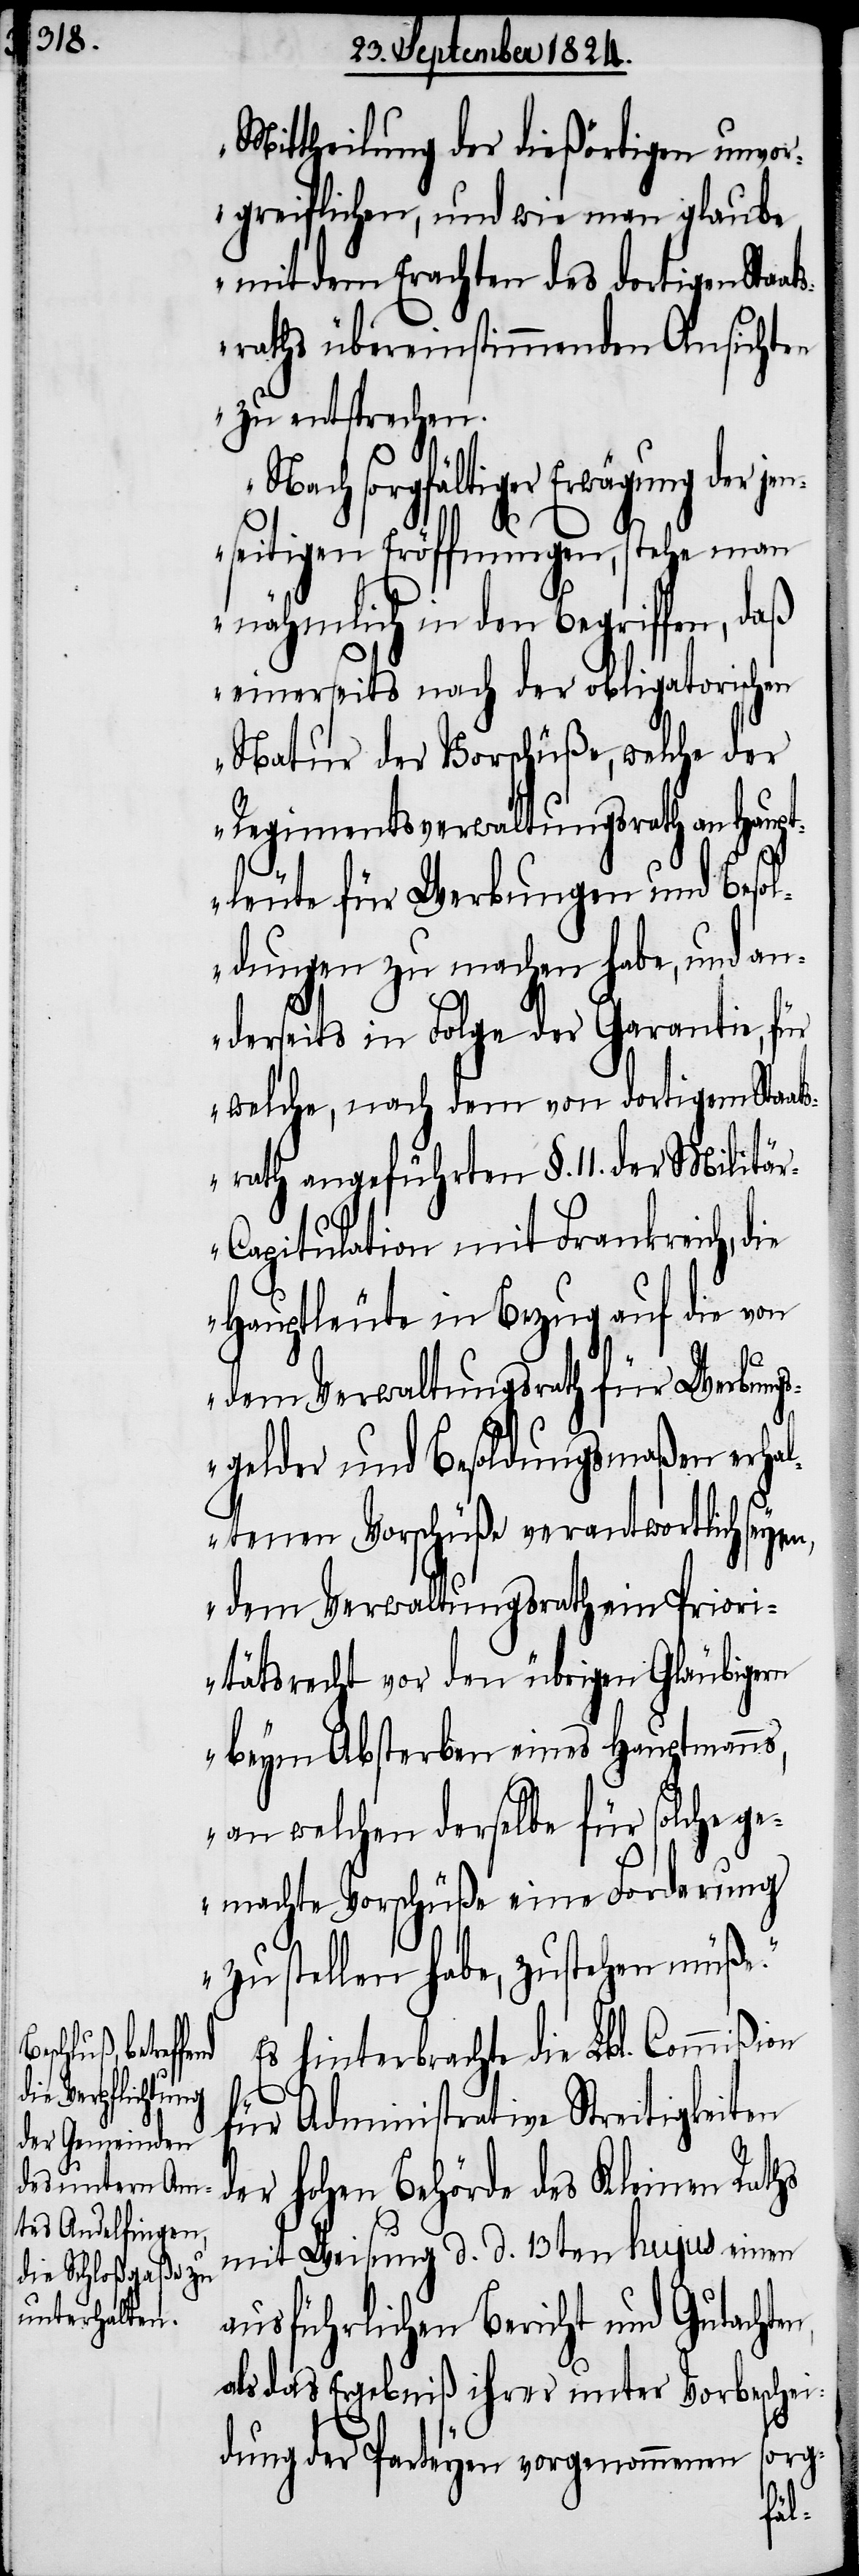
Mittheilung der dießörtigen unvor¬
greiflichen, und wie man glaube,
mit dem Erachten des dortigen Sta¬
sraths übereinstimmenden Ansichten
zu entsprechen.
Nach sorgfältiger Erwägung der
seitigen Eröffnungen, stehe man
nähmlich in den Begriffen,
einerseits nach der obligatorischen
Natur der Vorschüße, welche der
Regimentsverwaltungsrath an Haupt¬
leute für Werbungen und Besol¬
dungen zu machen habe, und an¬
derseits in Folge der Garantie, für
welche, nach dem von dortigem Staat¬
srath angeführten §. 11. der Militä¬
r-Capitulation mit Frankreich, die
Hauptleute in Bezug auf die von
dem Verwaltungsrath für seine
sgelder und Besoldungsmaßen erha¬
ltenen Vorschüße verantwortlich seyen,
dem Verwaltungsrath ein Priori¬
tätsrecht vor den übrigen Gläubigern
beym Absterben eines Hauptmann¬
an welchen derselbe für solche ge¬
machte Vorschüße eine Forderung
zu stellen habe, zustehen müße.“
Es hinterbrachte die Lbl. Commißion
für Administrative Streitigkeiten
der hohen Behörde des Kleinen Raths
mit Weisung d. d. 13ten hujus einen
ausführlichen Bericht und Gutachte¬
als das Ergebniß ihrer unter Vorbeschei¬
dung der Parteyen vorgenommenen
sorg-